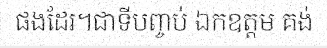
ផងដែរ។ជាទីបញ្ចប់ ឯកឧត្តម គង់